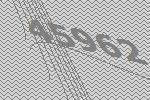
45962